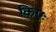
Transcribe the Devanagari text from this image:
किएः